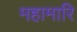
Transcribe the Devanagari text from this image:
महामारि